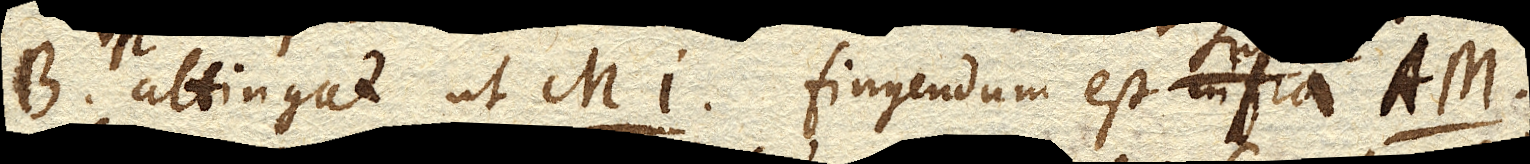
B. attingat ut MI. fingendum est AM.